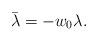
LaTeX: \begin{align*} \bar\lambda=-w_0\lambda.\end{align*}